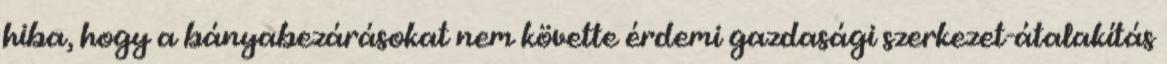
hiba, hogy a bányabezárásokat nem követte érdemi gazdasági szerkezet-átalakítás